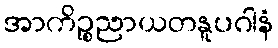
အာကိဉ္စညာယတနူပဂါနံ